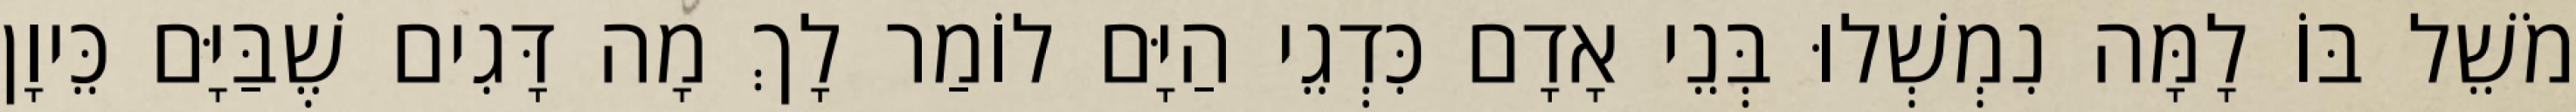
מֹשֵׁל בּוֹ לָמָּה נִמְשְׁלוּ בְּנֵי אָדָם כִּדְגֵי הַיָּם לוֹמַר לָךְ מָה דָּגִים שֶׁבַּיָּם כֵּיוָן